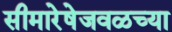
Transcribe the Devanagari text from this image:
सीमारेषेजवळच्या